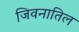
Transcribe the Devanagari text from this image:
जिवनातिल